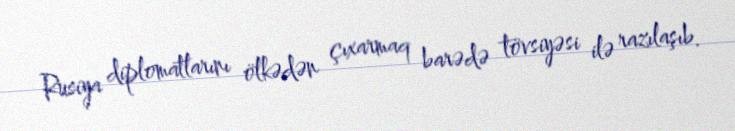
Rusiya diplomatlarını ölkədən çıxarmaq barədə tövsiyəsi ilə razılaşıb.